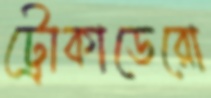
ট্রোকাডেরো